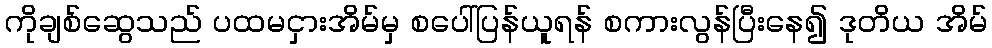
ကိုချစ်ဆွေသည် ပထမငှားအိမ်မှ စပေါ်ပြန်ယူရန် စကားလွန်ပြီးနေ၍ ဒုတိယ အိမ်